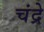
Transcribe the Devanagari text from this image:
चंद्रे